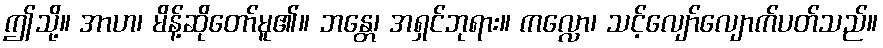
ဤသို့။ အာဟ၊ မိန့်ဆိုတော်မူ၏။ ဘန္တေ၊ အရှင်ဘုရား။ ကလ္လော၊ သင့်လျော်လျောက်ပတ်သည်။